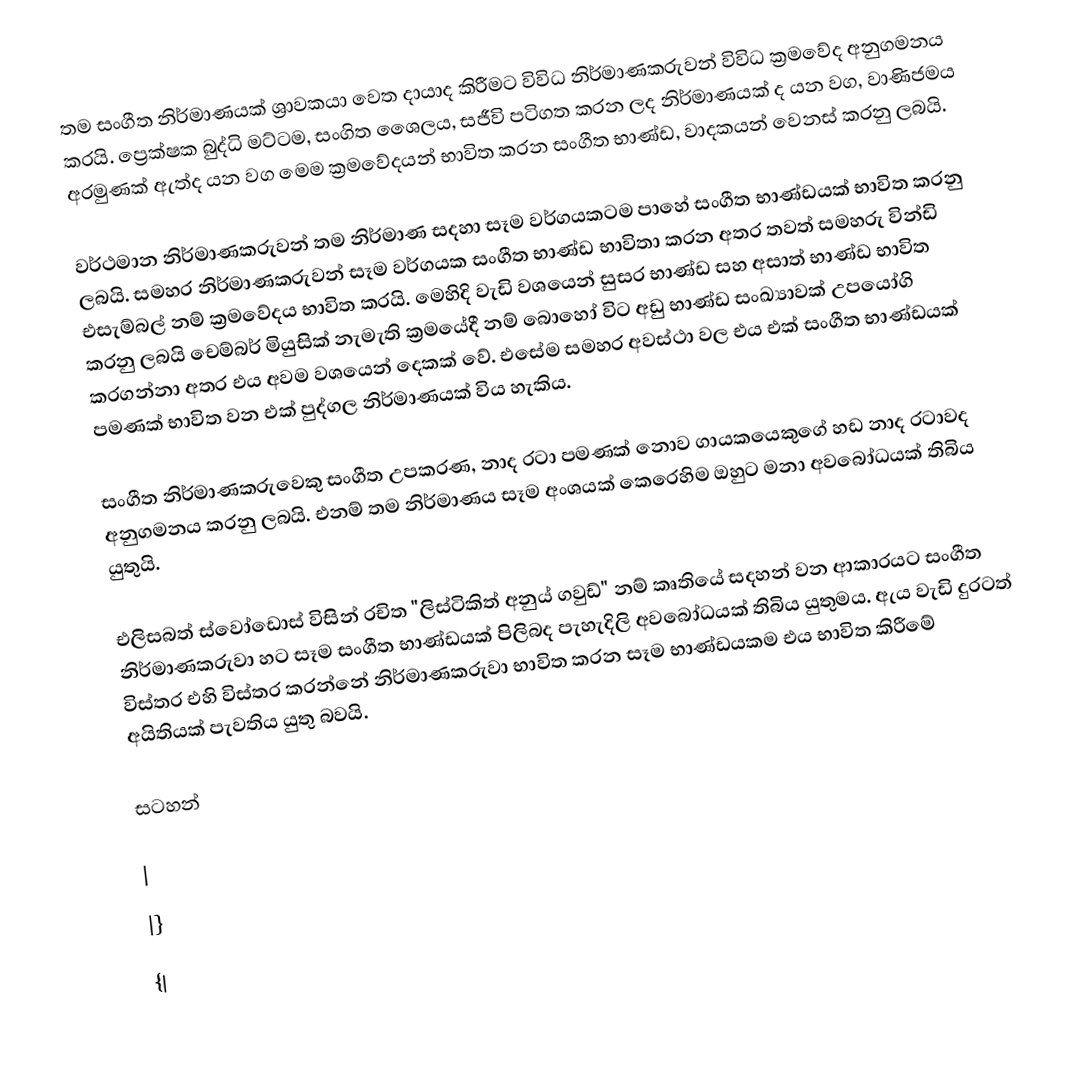
තම සංගීත නිර්මාණයක් ශ්‍රාවකයා වෙත දායාද කිරීමට විවිධ නිර්මාණකරුවන් විවිධ ක්‍රමවේද අනුගමනය කරයි. ප්‍රෙක්ෂක බුද්ධි මට්ටම, සංගිත ශෛලය, සජීවි පටිගත කරන ලද නිර්මාණයක් ද යන වග, වාණිජමය අරමුණක් ඇත්ද යන වග මෙම ක්‍රමවේදයන් භාවිත කරන සංගීත භාණ්ඩ, වාදකයන් වෙනස් කරනු ලබයි.

වර්ථමාන නිර්මාණකරුවන් තම නිර්මාණ සදහා සෑම වර්ගයකටම පාහේ සංගීත භාණ්ඩයක් භාවිත කරනු ලබයි. සමහර නිර්මාණකරුවන් සෑම වර්ගයක සංගීත භාණ්ඩ භාවිතා කරන අතර තවත් සමහරු වින්ඩි එසැම්බල් නම් ක්‍ර‍මවේදය භාවිත කරයි. මෙහිදි වැඩි වශයෙන් සුසර භාණ්ඩ සහ අසාත් භාණ්ඩ භාවිත කරනු ලබයි චෙම්බර් මියුසික් නැමැති ක්‍රමයේදී නම් බොහෝ විට අඩු භාණ්ඩ සංඛ්‍යාවක් උපයෝගි කරගන්නා අතර එය අවම වශයෙන් දෙකක් වේ. එසේම සමහර අවස්ථා වල එය එක් සංගීත භාණ්ඩයක් පමණක් භාවිත වන එක් පුද්ගල නිර්මාණයක් විය හැකිය.

සංගීත නිර්මාණකරුවෙකු සංගීත උපකරණ, නාද රටා පමණක් නොව ගායකයෙකුගේ හඩ නාද රටාවද අනුගමනය කරනු ලබයි. එනම් තම නිර්මාණය සෑම අංශයක් කෙරෙහිම ඔහුට මනා අවබෝධයක් තිබිය යුතුයි.

එලිසබත් ස්වෝඩොස් විසින් රචිත "ලිස්ටිකිත් අනුය් ගවුඩ්" නම් කෘතියේ සදහන් වන ආකාරයට සංගීත නිර්මාණකරුවා හට සෑම සංගීත භාණ්ඩයක් පිලිබද පැහැදිලි අවබෝධයක් තිබිය යුතුමය. ඇය වැඩි දුරටත් විස්තර එහි විස්තර කරන්නේ නිර්මාණකරුවා භාවිත කරන සෑම භාණ්ඩයකම එය භාවිත කිරීමේ අයිතියක් පැවතිය යුතු බවයි.

සටහන්

|
|}
{|